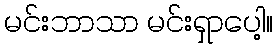
မင်းဘာသာ မင်းရှာပေါ့။